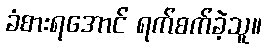
ခံစားရအောင် ရက်စက်ခဲ့သူ။